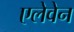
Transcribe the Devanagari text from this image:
एलेवेन